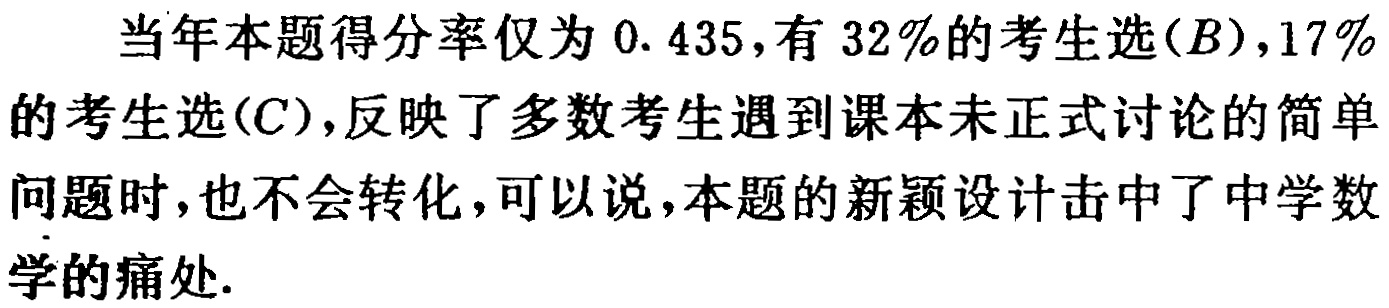
当年本题得分率仅为 0.435,有 32%的考生选$(B),17\%$的考生选$(C),反映了多数考生遇到课本未正式讨论的简单问题时,也不会转化,可以说,本题的新颖设计击中了中学数学的痛处.